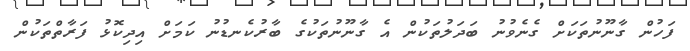
ފަހުން ގާނޫނުތަކަށް ގެނެވުނު ބަދަލުތަކުން އެ ގާނޫނުތަކުގެ ބާރުކެނޑުނު ކަމަށް އިދިކޮޅު ފަރާތްތަކުން